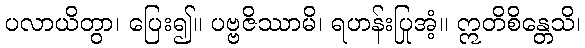
ပလာယိတွာ၊ ပြေး၍။ ပဗ္ဗဇိဿာမိ၊ ရဟန်းပြုအံ့။ ဣတိစိန္တေသိ၊